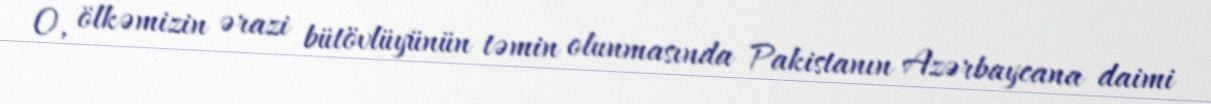
O, ölkəmizin ərazi bütövlüyünün təmin olunmasında Pakistanın Azərbaycana daimi